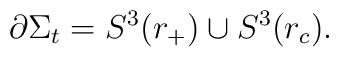
\partial\Sigma_t = S^3(r_+) \cup S^3(r_c).